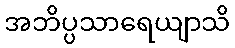
အဘိပ္ပသာရေယျာသိ